Insane asylums in Bengal annual reports 1867-1875 - 1867-1875
Year: 1867
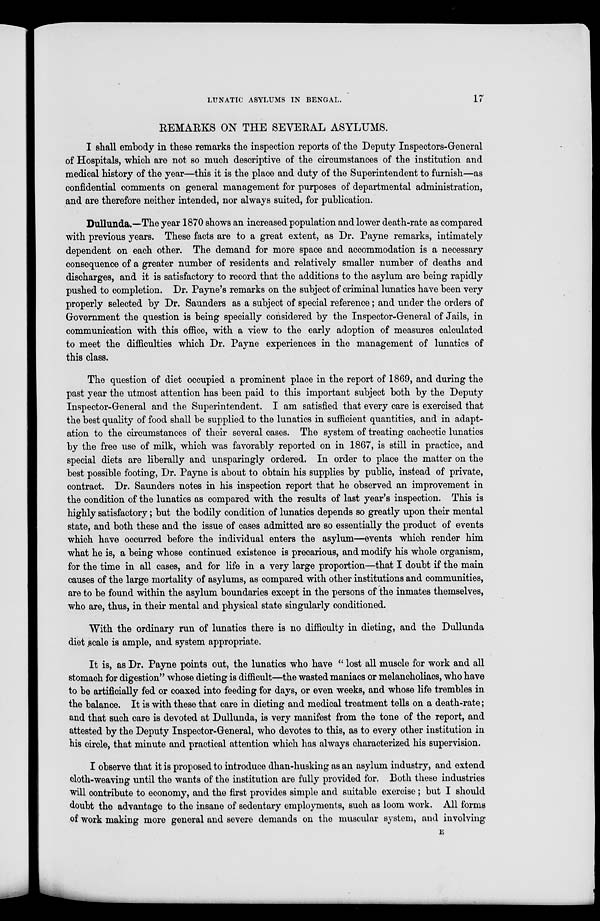
LUNATIC ASYLUMS IN BENGAL.
17
REMARKS ON THE SEVERAL ASYLUMS.
I shall embody in these remarks the inspection reports of the Deputy Inspectors-General
of Hospitals, which are not so much descriptive of the circumstances of the institution and
medical history of the year—this it is the place and duty of the Superintendent to furnish—as
confidential comments on general management for purposes of departmental administration,
and are therefore neither intended, nor always suited, for publication.
Dullunda.—The year 1870 shows an increased population and lower death-rate as compared
with previous years. These facts are to a great extent, as Dr. Payne remarks, intimately
dependent on each other. The demand for more space and accommodation is a necessary
consequence of a greater number of residents and relatively smaller number of deaths and
discharges, and it is satisfactory to record that the additions to the asylum are being rapidly
pushed to completion. Dr. Payne's remarks on the subject of criminal lunatics have been very
properly selected by Dr. Saunders as a subject of special reference; and under the orders of
Government the question is being specially considered by the Inspector-General of Jails, in
communication with this office, with a view to the early adoption of measures calculated
to meet the difficulties which Dr. Payne experiences in the management of lunatics of
this class.
The question of diet occupied a prominent place in the report of 1869, and during the
past year the utmost attention has been paid to this important subject both by the Deputy
Inspector-General and the Superintendent. I am satisfied that every care is exercised that
the best quality of food shall be supplied to the lunatics in sufficient quantities, and in adapt-
ation to the circumstances of their several cases. The system of treating cachectic lunatics
by the free use of milk, which was favorably reported on in 1867, is still in practice, and
special diets are liberally and unsparingly ordered. In order to place the matter on the
best possible footing, Dr. Payne is about to obtain his supplies by public, instead of private,
contract. Dr. Saunders notes in his inspection report that he observed an improvement in
the condition of the lunatics as compared with the results of last year's inspection. This is
highly satisfactory; but the bodily condition of lunatics depends so greatly upon their mental
state, and both these and the issue of cases admitted are so essentially the product of events
which have occurred before the individual enters the asylum—events which render him
what he is, a being whose continued existence is precarious, and modify his whole organism,
for the time in all cases, and for life in a very large proportion—that I doubt if the main
causes of the large mortality of asylums, as compared with other institutions and communities,
are to be found within the asylum boundaries except in the persons of the inmates themselves,
who are, thus, in their mental and physical state singularly conditioned.
With the ordinary run of lunatics there is no difficulty in dieting, and the Dullunda
diet scale is ample, and system appropriate.
It is, as Dr. Payne points out, the lunatics who have " lost all muscle for work and all
stomach for digestion" whose dieting is difficult—the wasted maniacs or melancholiacs, who have
to be artificially fed or coaxed into feeding for days, or even weeks, and whose life trembles in
the balance. It is with these that care in dieting and medical treatment tells on a death-rate;
and that such care is devoted at Dullunda, is very manifest from the tone of the report, and
attested by the Deputy Inspector-General, who devotes to this, as to every other institution in
his circle, that minute and practical attention which has always characterized his supervision.
I observe that it is proposed to introduce dhan-husking as an asylum industry, and extend
cloth-weaving until the wants of the institution are fully provided for. Both these industries
will contribute to economy, and the first provides simple and suitable exercise; but I should
doubt the advantage to the insane of sedentary employments, such as loom work. All forms
of work making more general and severe demands on the muscular system, and involving
E